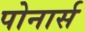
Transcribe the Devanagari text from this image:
पोनार्स